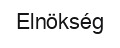
Elnökség